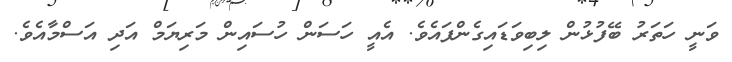
ވަނީ ހަތަރު ބޭފުޅުން ލިބިވަޑައިގެންފައެވެ. އެއީ ހަސަން ހުސައިން މަރިޔަމް އަދި އަސްމާއެވެ.